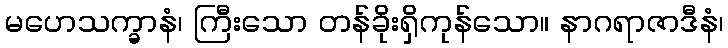
မဟေသက္ခာနံ၊ ကြီးသော တန်ခိုးရှိကုန်သော။ နာဂရာဇာဒီနံ၊